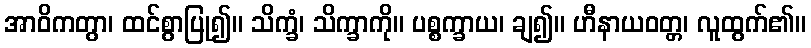
အာဝိကတွာ၊ ထင်စွာပြု၍။ သိက္ခံ၊ သိက္ခာကို။ ပစ္စက္ခာယ၊ ချ၍။ ဟီနာယဝတ္တ၊ လူထွက်၏။